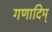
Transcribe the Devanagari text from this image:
गणादिम्